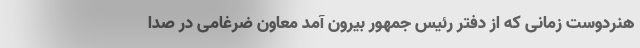
هنردوست زمانی که از دفتر رئیس جمهور بیرون آمد معاون ضرغامی در صدا